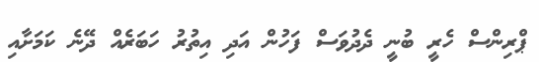
ޕްރިންސް ހެރީ ބުނީ ދެދުވަސް ފަހުން އަދި އިތުރު ހަބަރެއް ދޭނެ ކަމަށާއި